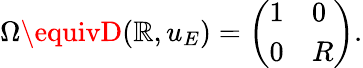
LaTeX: \Omega\equivD(\mathbb{R},u_{E})=\left(\begin{array}{ll}{{1}}&{{0}}\\ {{0}}&{{R}}\end{array}\right).